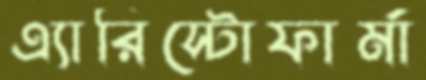
এ্যারিস্টোফার্মা